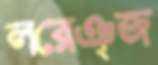
লরেঞ্জ